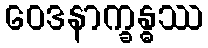
ဝေဒနာက္ခန္ဓဿ